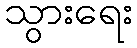
သွားရေး